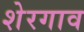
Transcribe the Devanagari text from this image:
शेरगाव